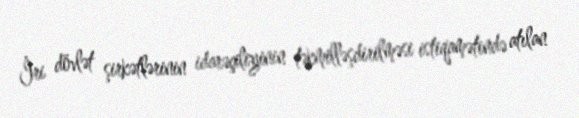
İri dövlət şirkətlərinin idarəçiliyinin təkmilləşdirilməsi istiqamətində atılan